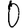
Digit: 0